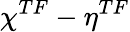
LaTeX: \chi^{TF}-\eta^{TF}